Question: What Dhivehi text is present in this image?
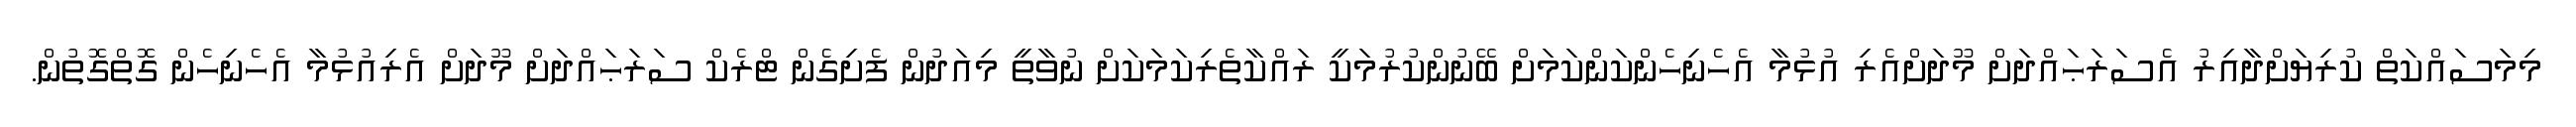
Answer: މިމަސައްކަތް ކުރިޔަށްދާއިރު އެސަރަޙައްދަށް މޫދަށްއެރި އުޅުމާ އެހެނިހެންކަންކަމަށް ބޭނުންކުރުމަކީ ރައްކާތެރިކަމަކަށް ނުވާތީ މިއަދުން ފެށިގެން ޓްރެކް ސަރަޙައްދަށް މޫދަށް އެރިއުޅުމާ އެހެނިހެން ގޮތްގޮތުން.